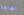
العالقة